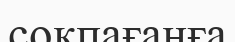
соқпағанға